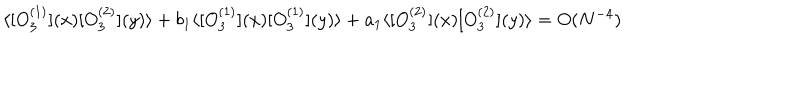
\langle [ O _ { 3 } ^ { ( 1 ) } ] ( x ) [ O _ { 3 } ^ { ( 2 ) } ] ( y ) \rangle + b _ { 1 } \langle [ O _ { 3 } ^ { ( 1 ) } ] ( x ) [ O _ { 3 } ^ { ( 1 ) } ] ( y ) \rangle + a _ { 1 } \langle [ O _ { 3 } ^ { ( 2 ) } ] ( x ) [ O _ { 3 } ^ { ( 2 ) } ] ( y ) \rangle = O ( N ^ { - 4 } )